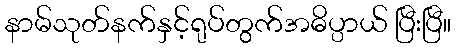
နာမ်သုတ်နက်နှင့်ရုပ်တွက်အဓိပ္ပာယ် ပြီးပြီ။